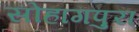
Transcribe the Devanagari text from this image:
सोहागपुरा